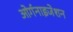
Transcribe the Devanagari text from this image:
ओर्गनाइजेशन